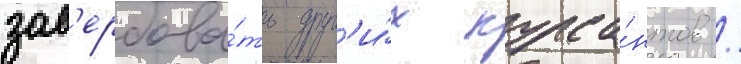
зав'ербова́ть друг'и́х курса́нтов /